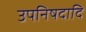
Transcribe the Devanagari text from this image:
उपनिषदादि